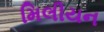
મિલીયન